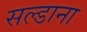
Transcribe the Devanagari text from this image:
सल्डाना